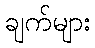
ချက်များ